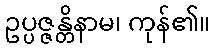
ဥပ္ပဇ္ဇန္တိနာမ၊ ကုန်၏။